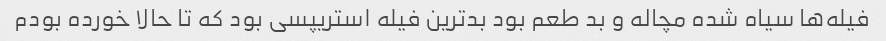
فیله‌ها سیاه شده مچاله و بد طعم بود بدترین فیله استریپسی بود که تا حالا خورده بودم